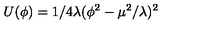
U ( \phi ) = 1 / 4 \lambda ( \phi ^ { 2 } - \mu ^ { 2 } / \lambda ) ^ { 2 }